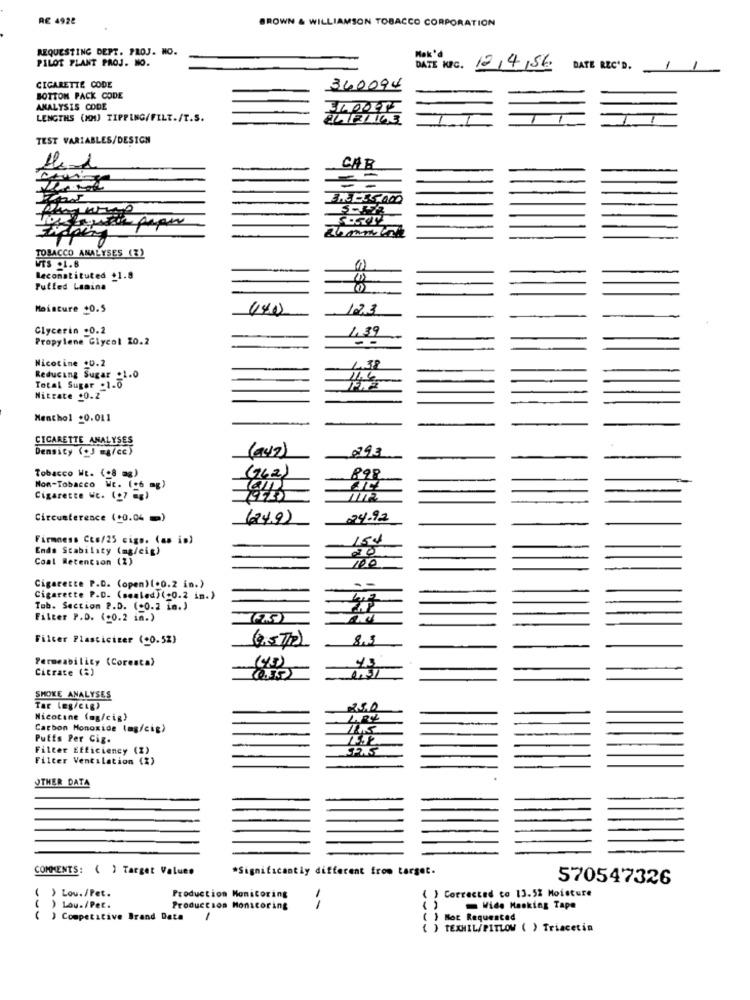
RE 4928
BROWN & WILLIAMSON TOBACCO CORPORATION
REQUESTING DEPT. PROJ. NO.
Mak'd
PILOT PLANT PROJ. NO.
DATE KPC.
124 56
DATE REC'D.
CIGARETTE CODE
340094
BOTTOM PACK CODE
ANALYSIS CODE
LENGTHS (NOM1) TIPPING/FILT./T.S.
TEST VARIABLES/DESIGN
CAR
TOBACCO ANALYSES (%)
WTS .1.8
Reconstituted +1.8
Puffed Lasina
Moisture +0.5
(140)
Glycerin .0.2
1,39
Propylene Glycol 20.2
Nicotine +0.2
4.38
Reducing Sugar .1.0
11.6
Total Sugar .1.0
Nitrate .0.2
Nenthol +0.011
CIGARETTE ANALYSES
Density (+J mg/cc)
Tobacco Wt. (08 mg)
(142)
898
Non-Tobacco Wc. (g6 mg)
Cigarette Wc. (+7 =g)
1112
Circumference (+0.04 =)
(24.9)
24.92
Firmness Cts/25 cigs. (as is)
154
Ends Stability (mg/cig)
20
Coal Retention (2)
100
--
Cigarette P.D. (open)(.0.2 in.)
Cigarette P.D. (sealed)(-0.2 in.)
47
Tob. Section P.D. (+0.2 in.)
Filter P.D. (+0.2 in.)
Filter Plasticizer (+0.52)
(0,572)
Permeability (Coresta)
43
Citrate (%)
SHOKE ANALYSES
THE (ES/CLE)
25.0
Nicotine (mg/cig)
Carbon Monoxide (mg/cig)
Puffs Per Cig.
Filter Efficiency (Z)
SANS
Filter Ventilation (%)
OTHER DATA
COMMENTS: ( ) Target Valueo
*Significantly different from target.
570547326
( ) Lou./Pet.
Production Monitoring
( ) Corrected co 13.52 Moisture
) Lou./Pet.
Production Monitoring
Wide Masking Tape
( ) Competitive Brand Data
) Bot Requested
( ) TEXMIL/PITLOW ( ) Triacetin